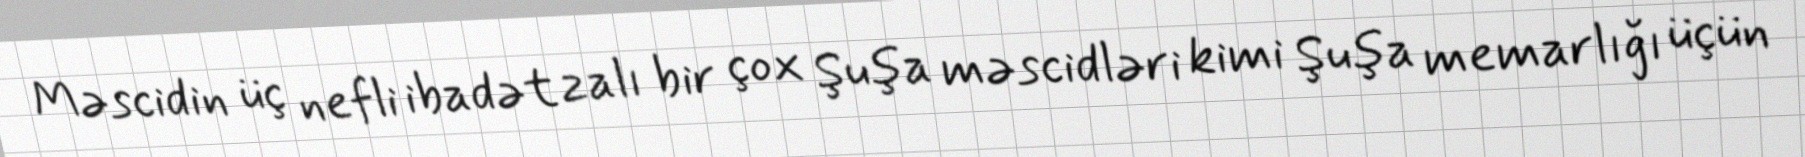
Məscidin üç nefli ibadət zalı bir çox Şuşa məscidləri kimi Şuşa memarlığı üçün